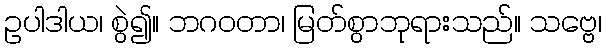
ဥပါဒါယ၊ စွဲ၍။ ဘဂဝတာ၊ မြတ်စွာဘုရားသည်။ သဗ္ဗေ၊